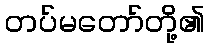
တပ်မတော်တို့၏